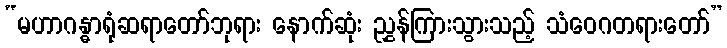
“မဟာဂန္ဓာရုံဆရာတော်ဘုရား နောက်ဆုံး ညွှန်ကြားသွားသည့် သံဝေဂတရားတော်”